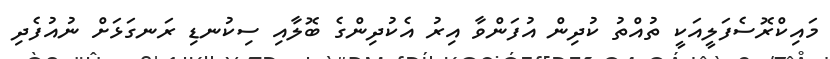
މައިކްރޮސެފަލީއަކީ ތުއްތު ކުދިން އުފަންވާ އިރު އެކުދިންގެ ބޮލާއި ސިކުނޑި ރަނގަޅަށް ނުއުފެދި